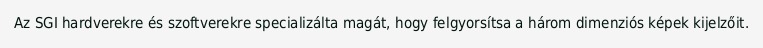
Az SGI hardverekre és szoftverekre specializálta magát, hogy felgyorsítsa a három dimenziós képek kijelzőit.